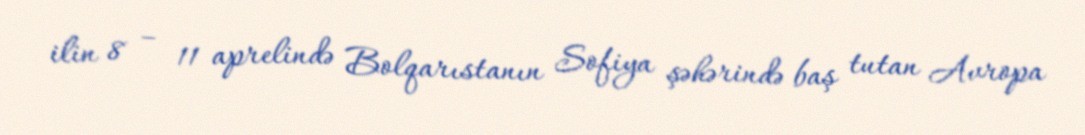
ilin 8 – 11 aprelində Bolqarıstanın Sofiya şəhərində baş tutan Avropa